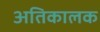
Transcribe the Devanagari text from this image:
अतिकालक